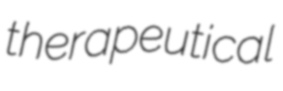
therapeutical